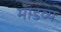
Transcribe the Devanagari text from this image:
माडव्य